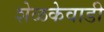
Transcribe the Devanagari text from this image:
शेळकेवाडी